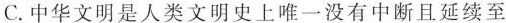
C.中华文明是人类文明史上唯一没有中断且延续至